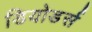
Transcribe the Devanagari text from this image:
डियोडर्स